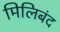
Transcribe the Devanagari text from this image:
मिलिबंद